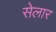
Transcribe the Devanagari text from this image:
सेलार